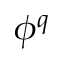
\phi ^ { q }